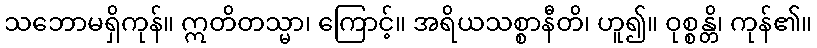
သဘောမရှိကုန်။ ဣတိတသ္မာ၊ ကြောင့်။ အရိယသစ္စာနီတိ၊ ဟူ၍။ ဝုစ္စန္တိ၊ ကုန်၏။